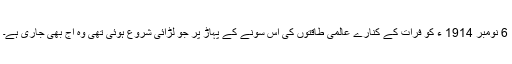
6 نومبر 1914 ء کو فرات کے کنارے عالمی طاقتوں کی اس سونے کے پہاڑ پر جو لڑائی شروع ہوئی تھی وہ آج بھی جاری ہے۔